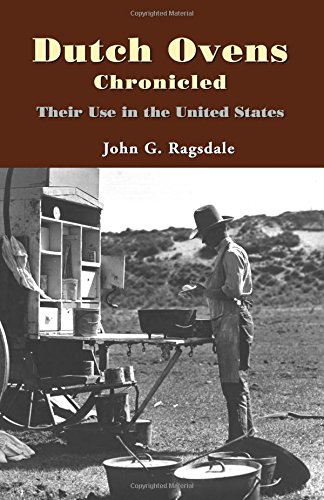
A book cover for Dutch Ovens Chronicled: Their Use in the United States; John G. Ragsdale; Cookbooks, Food & Wine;